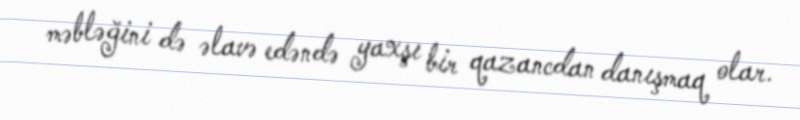
məbləğini də əlavə edəndə yaxşı bir qazancdan danışmaq olar.